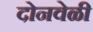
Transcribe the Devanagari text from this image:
दोनवेळी